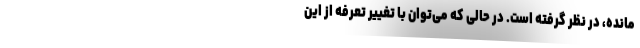
مانده، در نظر گرفته است. در حالی که می‌توان با تغییر تعرفه از این